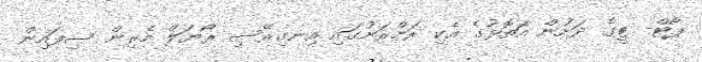
ޕޯޓް- ޓީގެ ދަށުން އަތޮޅުގެ އެކި ރަށްރަށުގައި އިނގިރޭސި ރޯޔަލް މެރިން ސިފައިން